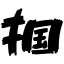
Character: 掴